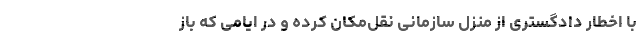
با اخطار دادگستری از منزل سازمانی نقل‌مکان کرده و در ایامی که باز